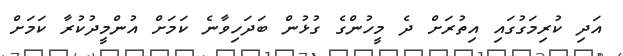
އަދި ކުރިމަގުގައި އިތުރަށް ދެ މީހުންގެ ގުޅުން ބަދަހިވާނެ ކަމަށް އުންމީދުކުރާ ކަމަށް